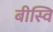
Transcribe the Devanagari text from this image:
बीस्वि